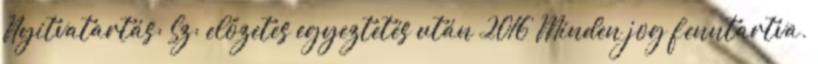
Nyitvatartás: Sz: előzetes egyeztetés után 2016 Minden jog fenntartva.